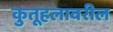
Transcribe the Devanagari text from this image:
कुतूहलावरील